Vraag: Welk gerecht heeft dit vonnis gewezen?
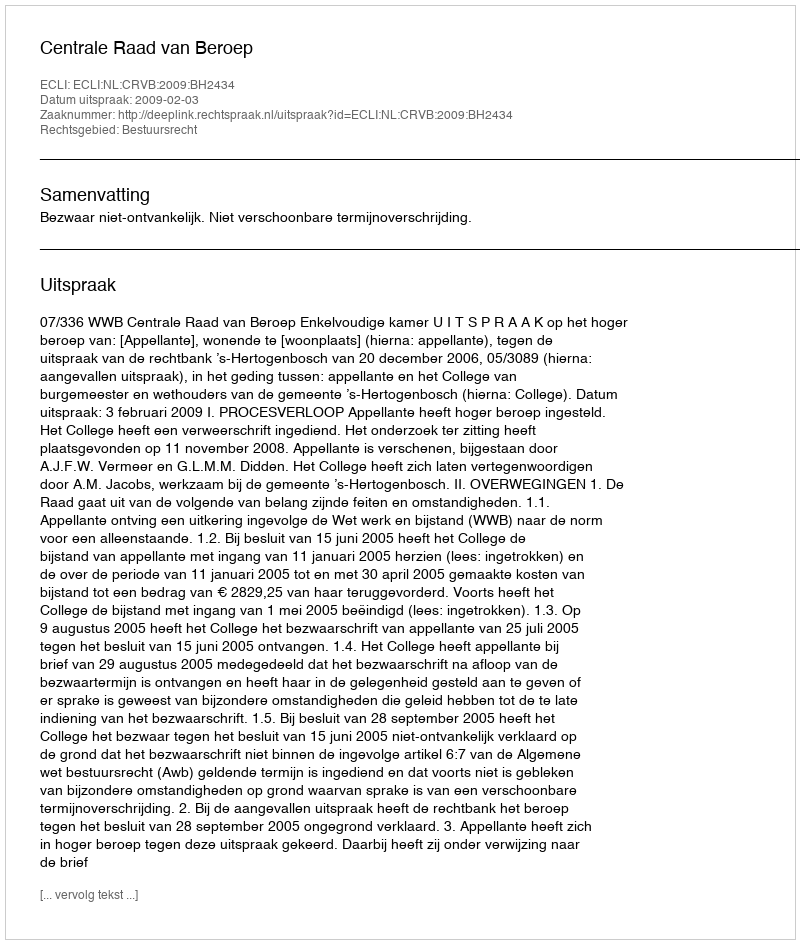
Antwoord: Centrale Raad van Beroep